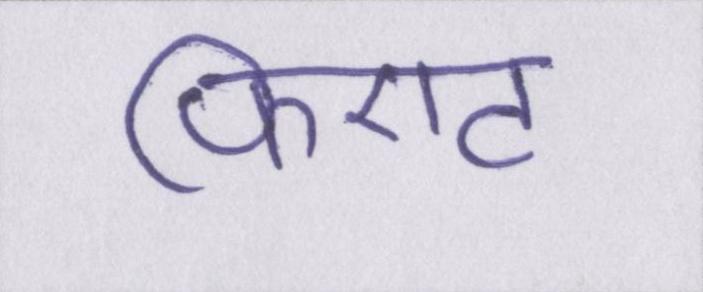
फिएट